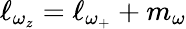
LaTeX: \ell_{\omega_{z}}=\ell_{\omega_{+}}+m_{\omega}